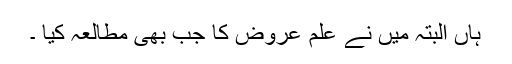
ہاں البتہ میں نے علمِ عروض کا جب بھی مطالعہ کِیا ۔